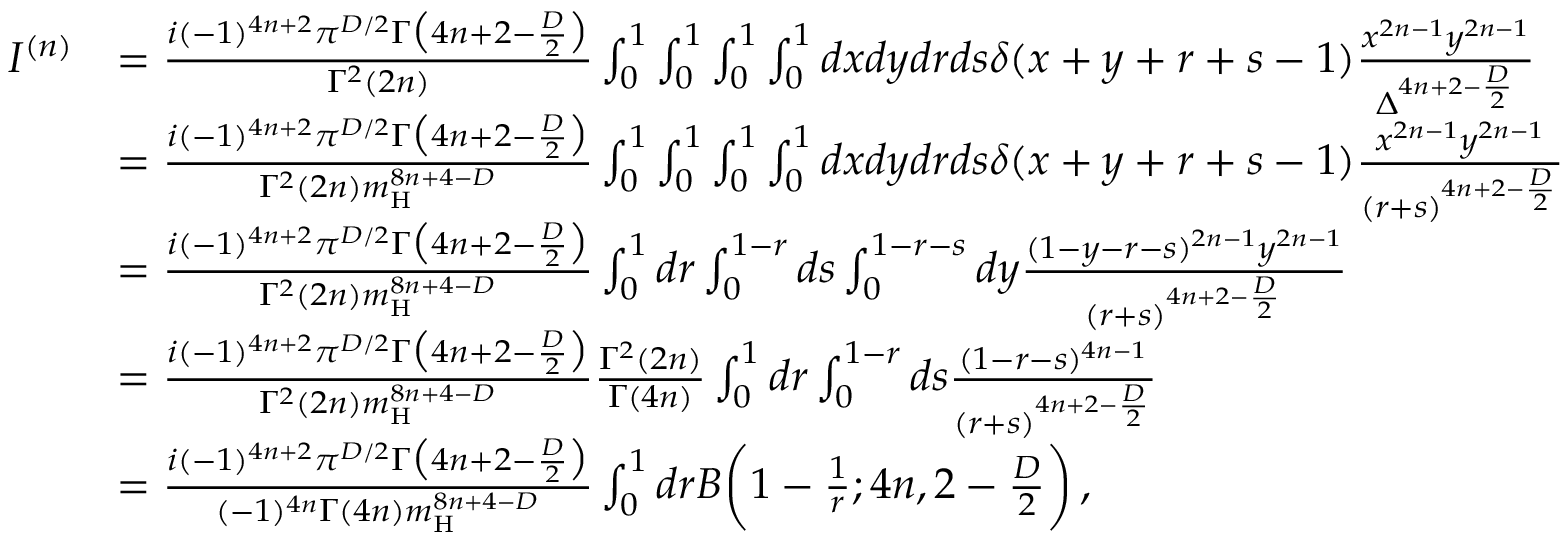
\begin{array} { r l } { I ^ { ( n ) } } & { = \frac { i ( - 1 ) ^ { 4 n + 2 } \pi ^ { D / 2 } \Gamma \big ( 4 n + 2 - \frac { D } { 2 } \big ) } { \Gamma ^ { 2 } ( 2 n ) } \int _ { 0 } ^ { 1 } \int _ { 0 } ^ { 1 } \int _ { 0 } ^ { 1 } \int _ { 0 } ^ { 1 } d x d y d r d s \delta ( x + y + r + s - 1 ) \frac { x ^ { 2 n - 1 } y ^ { 2 n - 1 } } { \Delta ^ { 4 n + 2 - \frac { D } { 2 } } } } \\ & { = \frac { i ( - 1 ) ^ { 4 n + 2 } \pi ^ { D / 2 } \Gamma \big ( 4 n + 2 - \frac { D } { 2 } \big ) } { \Gamma ^ { 2 } ( 2 n ) m _ { \mathrm { H } } ^ { 8 n + 4 - D } } \int _ { 0 } ^ { 1 } \int _ { 0 } ^ { 1 } \int _ { 0 } ^ { 1 } \int _ { 0 } ^ { 1 } d x d y d r d s \delta ( x + y + r + s - 1 ) \frac { x ^ { 2 n - 1 } y ^ { 2 n - 1 } } { ( r + s ) ^ { 4 n + 2 - \frac { D } { 2 } } } } \\ & { = \frac { i ( - 1 ) ^ { 4 n + 2 } \pi ^ { D / 2 } \Gamma \big ( 4 n + 2 - \frac { D } { 2 } \big ) } { \Gamma ^ { 2 } ( 2 n ) m _ { \mathrm { H } } ^ { 8 n + 4 - D } } \int _ { 0 } ^ { 1 } d r \int _ { 0 } ^ { 1 - r } d s \int _ { 0 } ^ { 1 - r - s } d y \frac { ( 1 - y - r - s ) ^ { 2 n - 1 } y ^ { 2 n - 1 } } { ( r + s ) ^ { 4 n + 2 - \frac { D } { 2 } } } } \\ & { = \frac { i ( - 1 ) ^ { 4 n + 2 } \pi ^ { D / 2 } \Gamma \big ( 4 n + 2 - \frac { D } { 2 } \big ) } { \Gamma ^ { 2 } ( 2 n ) m _ { \mathrm { H } } ^ { 8 n + 4 - D } } \frac { \Gamma ^ { 2 } ( 2 n ) } { \Gamma ( 4 n ) } \int _ { 0 } ^ { 1 } d r \int _ { 0 } ^ { 1 - r } d s \frac { ( 1 - r - s ) ^ { 4 n - 1 } } { ( r + s ) ^ { 4 n + 2 - \frac { D } { 2 } } } } \\ & { = \frac { i ( - 1 ) ^ { 4 n + 2 } \pi ^ { D / 2 } \Gamma \big ( 4 n + 2 - \frac { D } { 2 } \big ) } { ( - 1 ) ^ { 4 n } \Gamma ( 4 n ) m _ { \mathrm { H } } ^ { 8 n + 4 - D } } \int _ { 0 } ^ { 1 } d r B \bigg ( 1 - \frac { 1 } { r } ; 4 n , 2 - \frac { D } { 2 } \bigg ) \, , } \end{array}